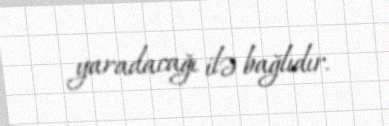
yaradacağı ilə bağlıdır.